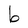
Character: b